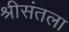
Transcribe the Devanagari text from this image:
श्रीसंतला